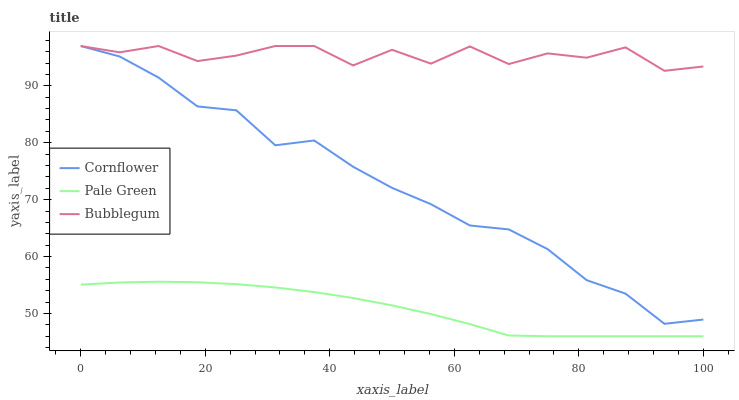
| xaxis_label | Cornflower | Pale Green | Bubblegum |
 | --- | --- | --- | --- |
 | 0 | 97 | 55.1 | 97 |
 | 6.25 | 95.2 | 55.4 | 95.9 |
 | 12.5 | 91.5 | 55.6 | 97 |
 | 18.8 | 86.4 | 55.5 | 94.4 |
 | 25 | 85.7 | 55.2 | 95.3 |
 | 31.2 | 79.6 | 54.6 | 97 |
 | 37.5 | 80.4 | 53.8 | 97 |
 | 43.8 | 75.8 | 52.7 | 93.6 |
 | 50 | 72.1 | 51.4 | 96.3 |
 | 56.2 | 69.2 | 49.9 | 93.9 |
 | 62.5 | 65.5 | 48.1 | 96.9 |
 | 68.8 | 64.8 | 46.1 | 93.8 |
 | 75 | 61.3 | 46 | 95.7 |
 | 81.2 | 55.9 | 46 | 94.9 |
 | 87.5 | 53.5 | 46 | 96.8 |
 | 93.8 | 48.2 | 46 | 92.6 |
 | 100 | 48.9 | 46 | 93.4 |